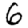
Digit: 6